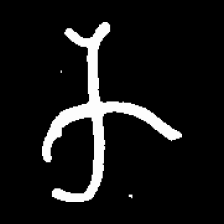
Pyu character \u2014 Myanmar letter: က (romanized: ka)